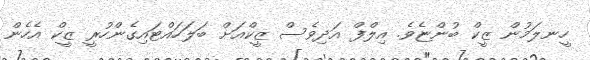
ހީނލަމުން ޒީކް ބުންޏެވެ. އިލްފް އަދިވެސް ޒީކްއަށް ބަލަހައްޓައިގެންހުރީ ޒީކް އެހެން